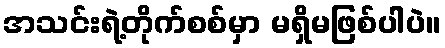
အသင်းရဲ့တိုက်စစ်မှာ မရှိမဖြစ်ပါပဲ။